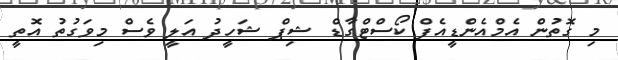
މި ގޮތުން އެމްއެންޑީއެފް ކޯސްޓްގާޑް ޝިޕް ޝަހީދު އަލީ ވެސް މިވަގުތު އޮތީ